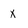
Character: x